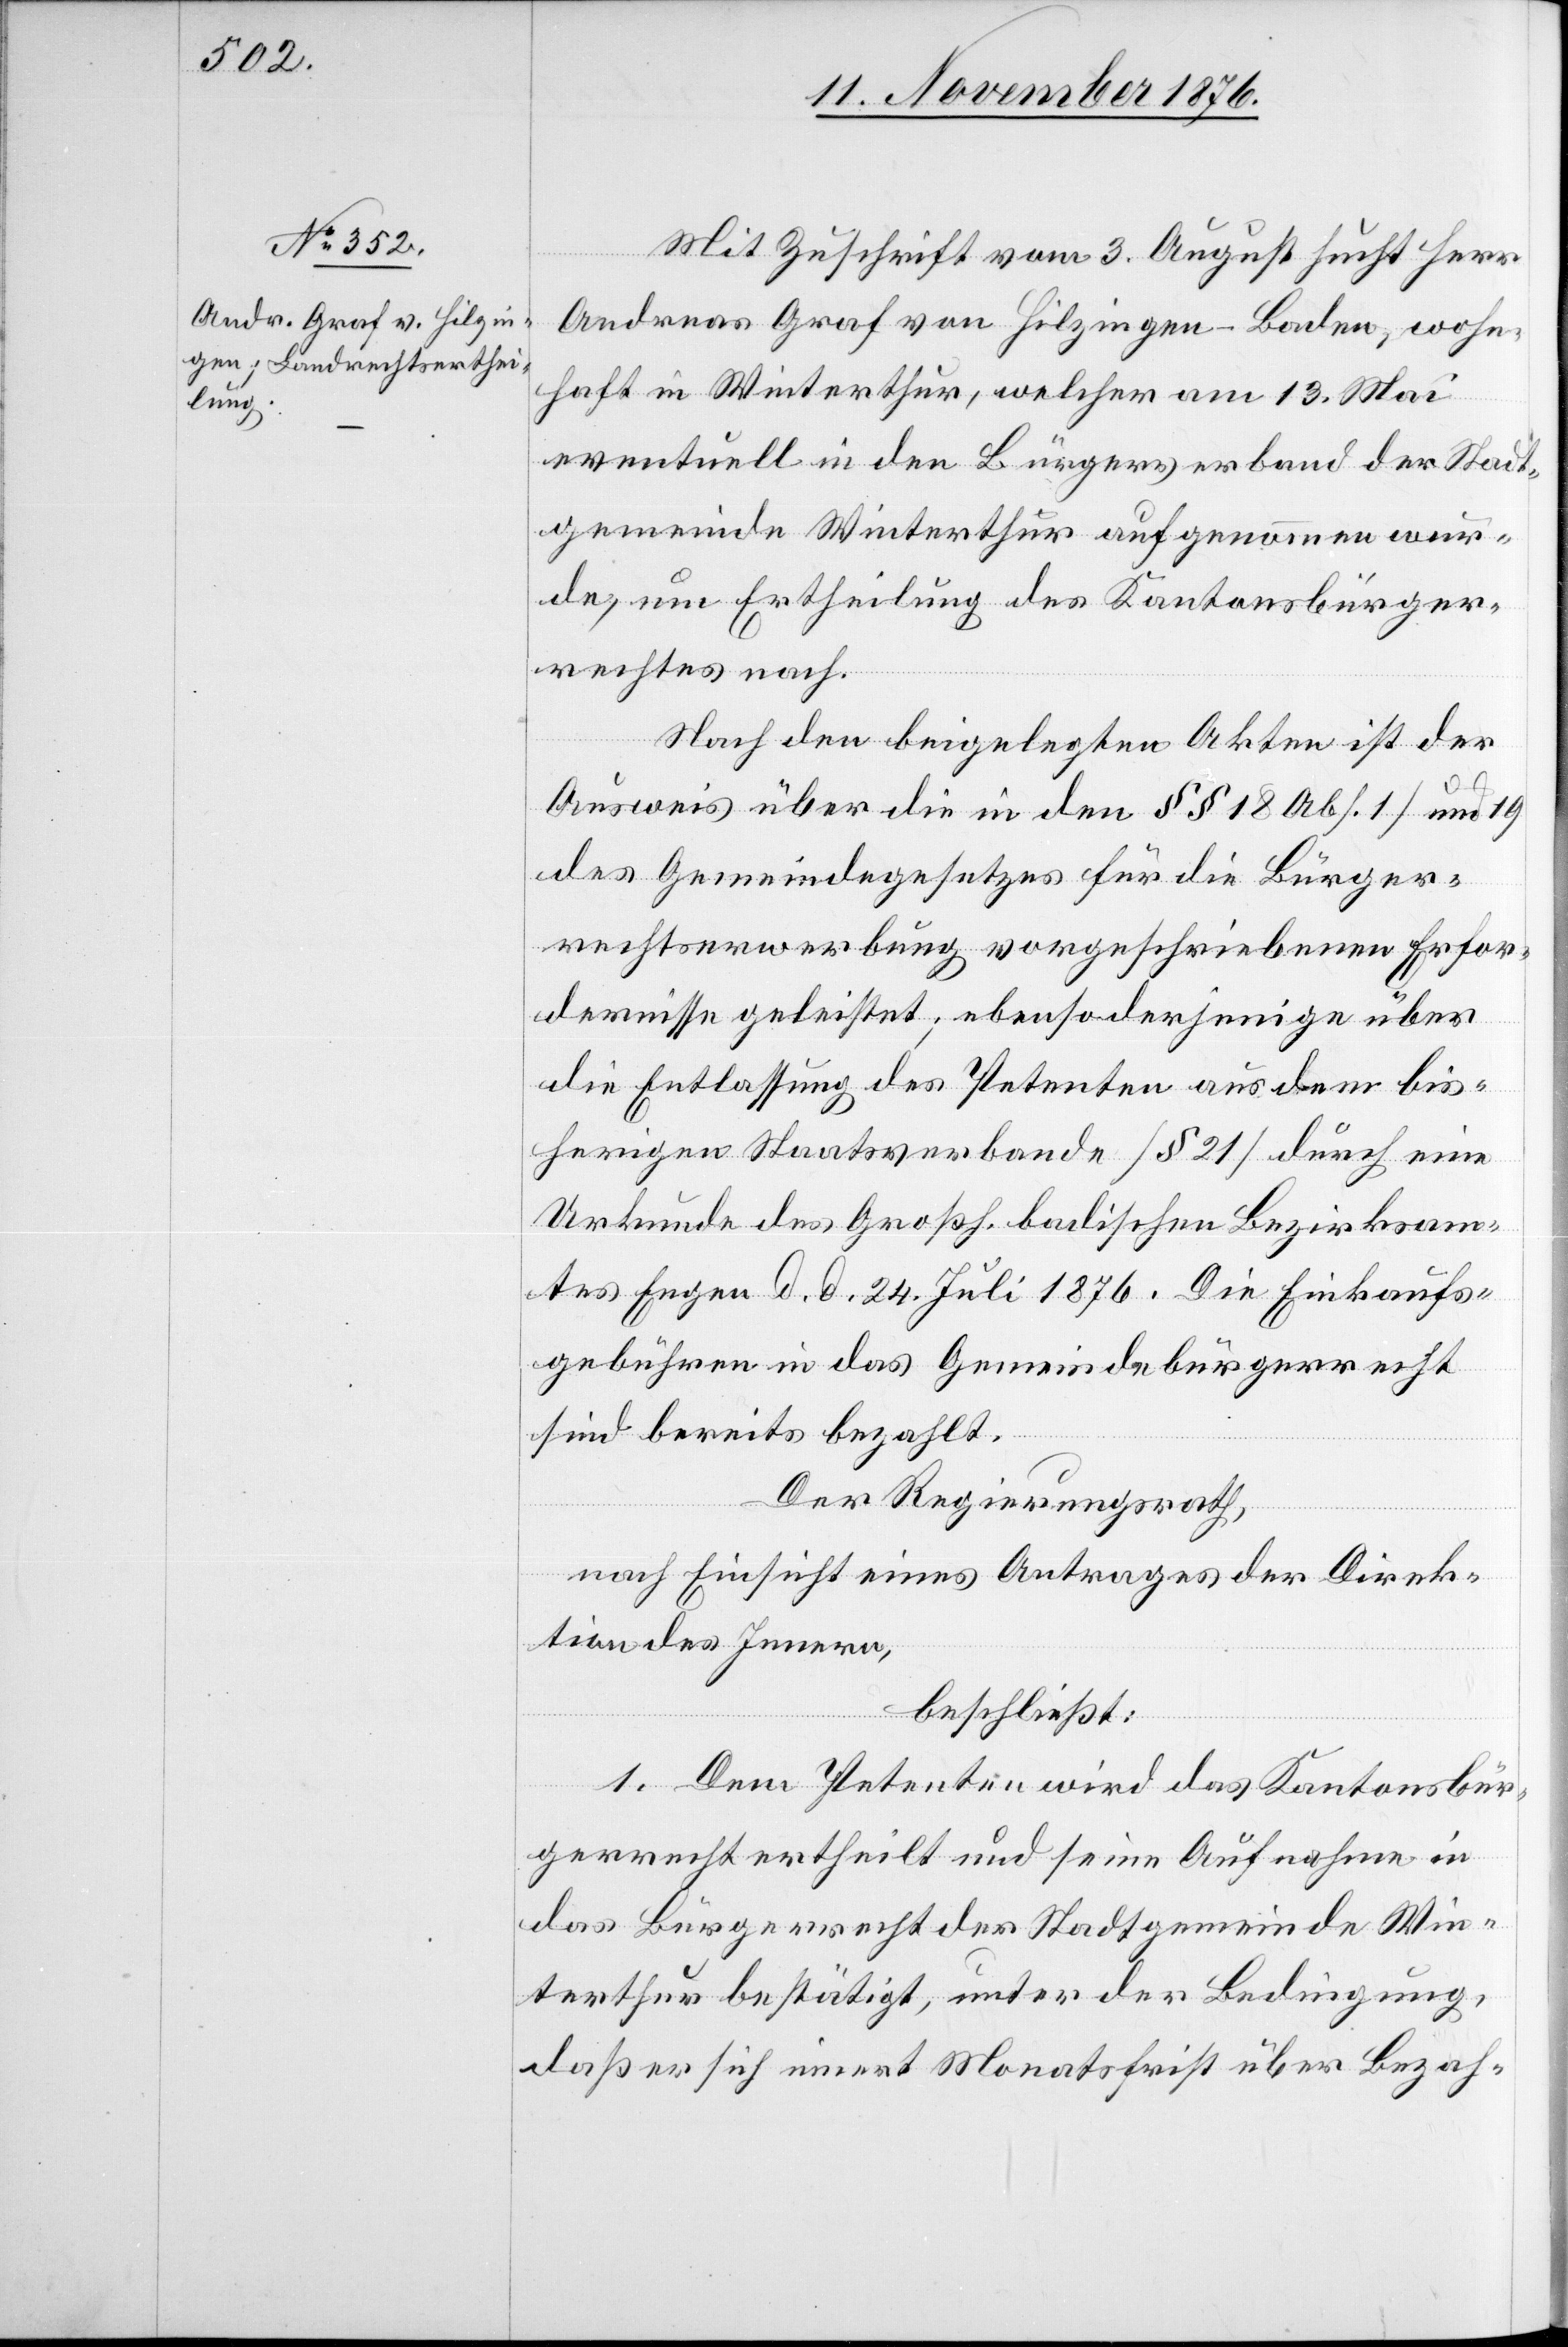
Mit Zuschrift vom 3. August sucht Herr
Andreas Graf von Hilzingen - Baden, wohn¬
haft in Winterthur, welcher am 13. Mai
eventuell in den Bürgerverband der Stadt¬
gemeinde Winterthur aufgenommen wur¬
de, um Ertheilung des Kantonsbürger¬
rechtes nach.
Nach den beigelegten Akten ist der
Ausweis über die in den §§ 18 [Abs. 1] und 19
des Gemeindegesetzes für die Bürger¬
rechtserwerbung vorgeschriebenen Erfor¬
dernisse geleistet; ebenso derjenige über
die Entlassung des Petenten aus dem bis¬
herigen Staatsverbande [§ 21] durch eine
Urkunde des Großh. badischen Bezirksam¬
tes Engen d. d. 24. Juli 1876. Die Einkaufs¬
gebühren in das Gemeindebürgerrecht
sind bereits bezahlt.
Der Regierungsrath,
nach Einsicht eines Antrages der Direk¬
tion des Innern,
beschließt:
1. Dem Petenten wird das Kantonsbür¬
gerrecht ertheilt und seine Aufnahme in
das Bürgerrecht der Stadtgemeinde Win¬
terthur bestätigt, unter der Bedingung,
daß er sich innert Monatsfrist über Bezah-